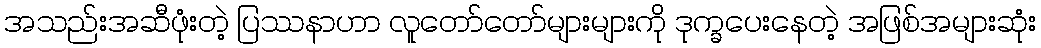
အသည်းအဆီဖုံးတဲ့ ပြဿနာဟာ လူတော်တော်များများကို ဒုက္ခပေးနေတဲ့ အဖြစ်အများဆုံး